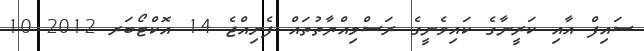
ސައިފް އާއި ކަރީނާގެ ކައިވެނީގެ ރަސްމިއްޔާތުތައް ފެށިއްޖެ 14 އޮކްޓޯބަރ 2012 10